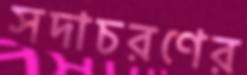
সদাচরণের